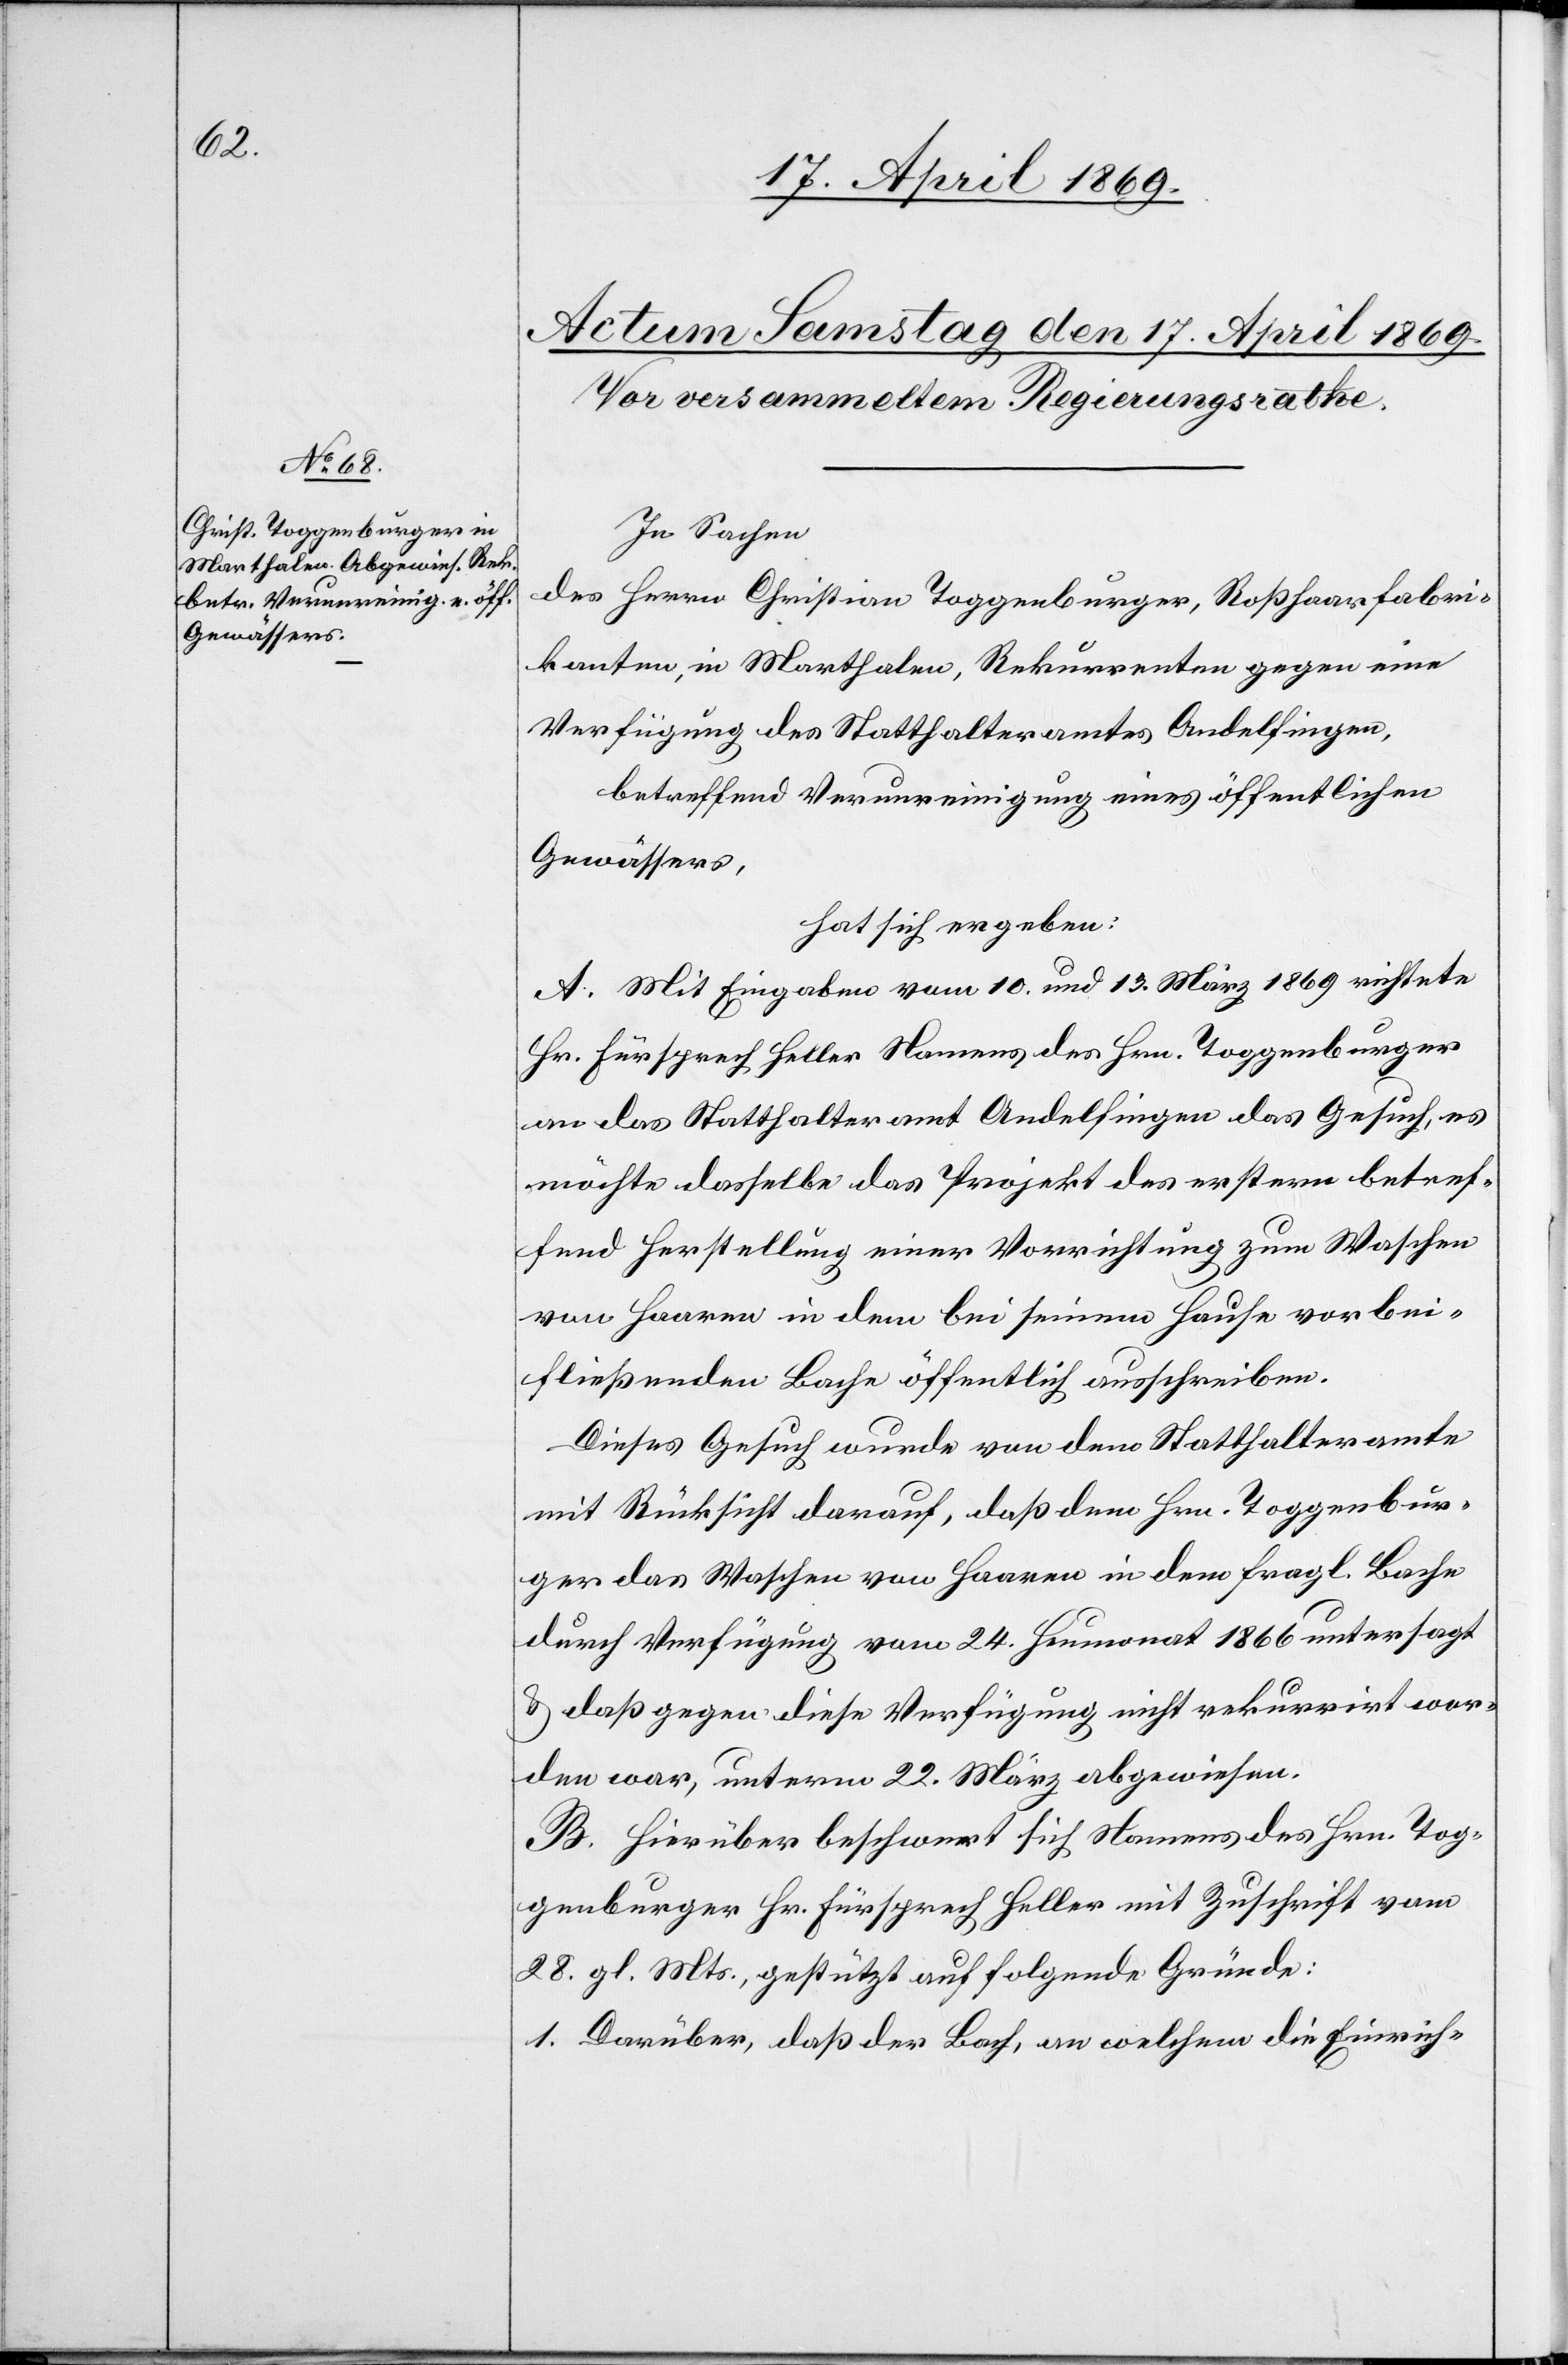
In Sachen
des Herrn Christian Toggenburger, Roßhaarfabri¬
kanten, in Marthalen, Rekurrenten gegen eine
Verfügung des Statthalteramtes Andelfingen,
betreffend Verunreinigung eines öffentlichen
Gewässers,
hat sich ergeben:
A. Mit Eingaben vom 10. und 13. März 1869 richtete
Hr. Fürsprech Heller Namens des Hrn. Toggenburger
an das Statthalteramt Andelfingen das Gesuch, es
möchte dasselbe das Projekt des erstern betref¬
fend Herstellung einer Vorrichtung zum Waschen
von Haaren in dem bei seinem Hause vorbei¬
fließenden Bache öffentlich ausschreiben.
Dieses Gesuch wurde von dem Statthalteramte
mit Rücksicht darauf, daß dem Hrn. Toggenbur¬
ger das Waschen von Haaren in dem fragl. Bache
durch Verfügung vom 24. Heumonat 1866 untersagt
u. daß gegen diese Verfügung nicht rekurrirt wor¬
den war, unterm 22. März abgewiesen.
B. Hierüber beschwert sich Namens des Hrn. Tog¬
genburger Hr. Fürsprech Heller mit Zuschrift vom
28. gl. Mts., gestützt auf folgende Gründe:
1. Darüber, daß der Bach, an welchem die Einrich-